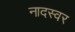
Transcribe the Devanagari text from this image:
नादस्वर